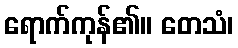
ရောက်ကုန်၏။ တေသံ၊